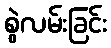
စွဲလမ်းခြင်း